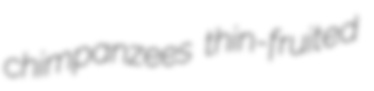
chimpanzees thin-fruited